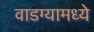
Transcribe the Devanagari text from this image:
वाडग्यामध्ये